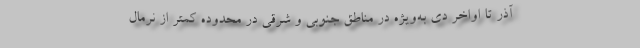
آذر تا اواخر دی به‌ویژه در مناطق جنوبی و شرقی در محدوده کمتر از نرمال